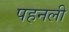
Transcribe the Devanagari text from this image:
पहनली